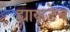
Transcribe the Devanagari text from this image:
ह्याकडेच